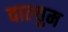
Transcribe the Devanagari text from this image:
वाल्युम